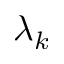
\lambda _ { k }